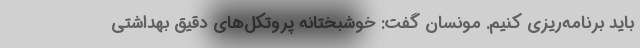
باید برنامه‌ریزی کنیم. مونسان گفت: خوشبختانه پروتکل‌های دقیق بهداشتی